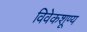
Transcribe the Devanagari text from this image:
विवेकशूण्य